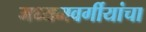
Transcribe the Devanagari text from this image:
मध्यमवर्गीयांचा